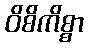
ဝိစိကိစ္စာ